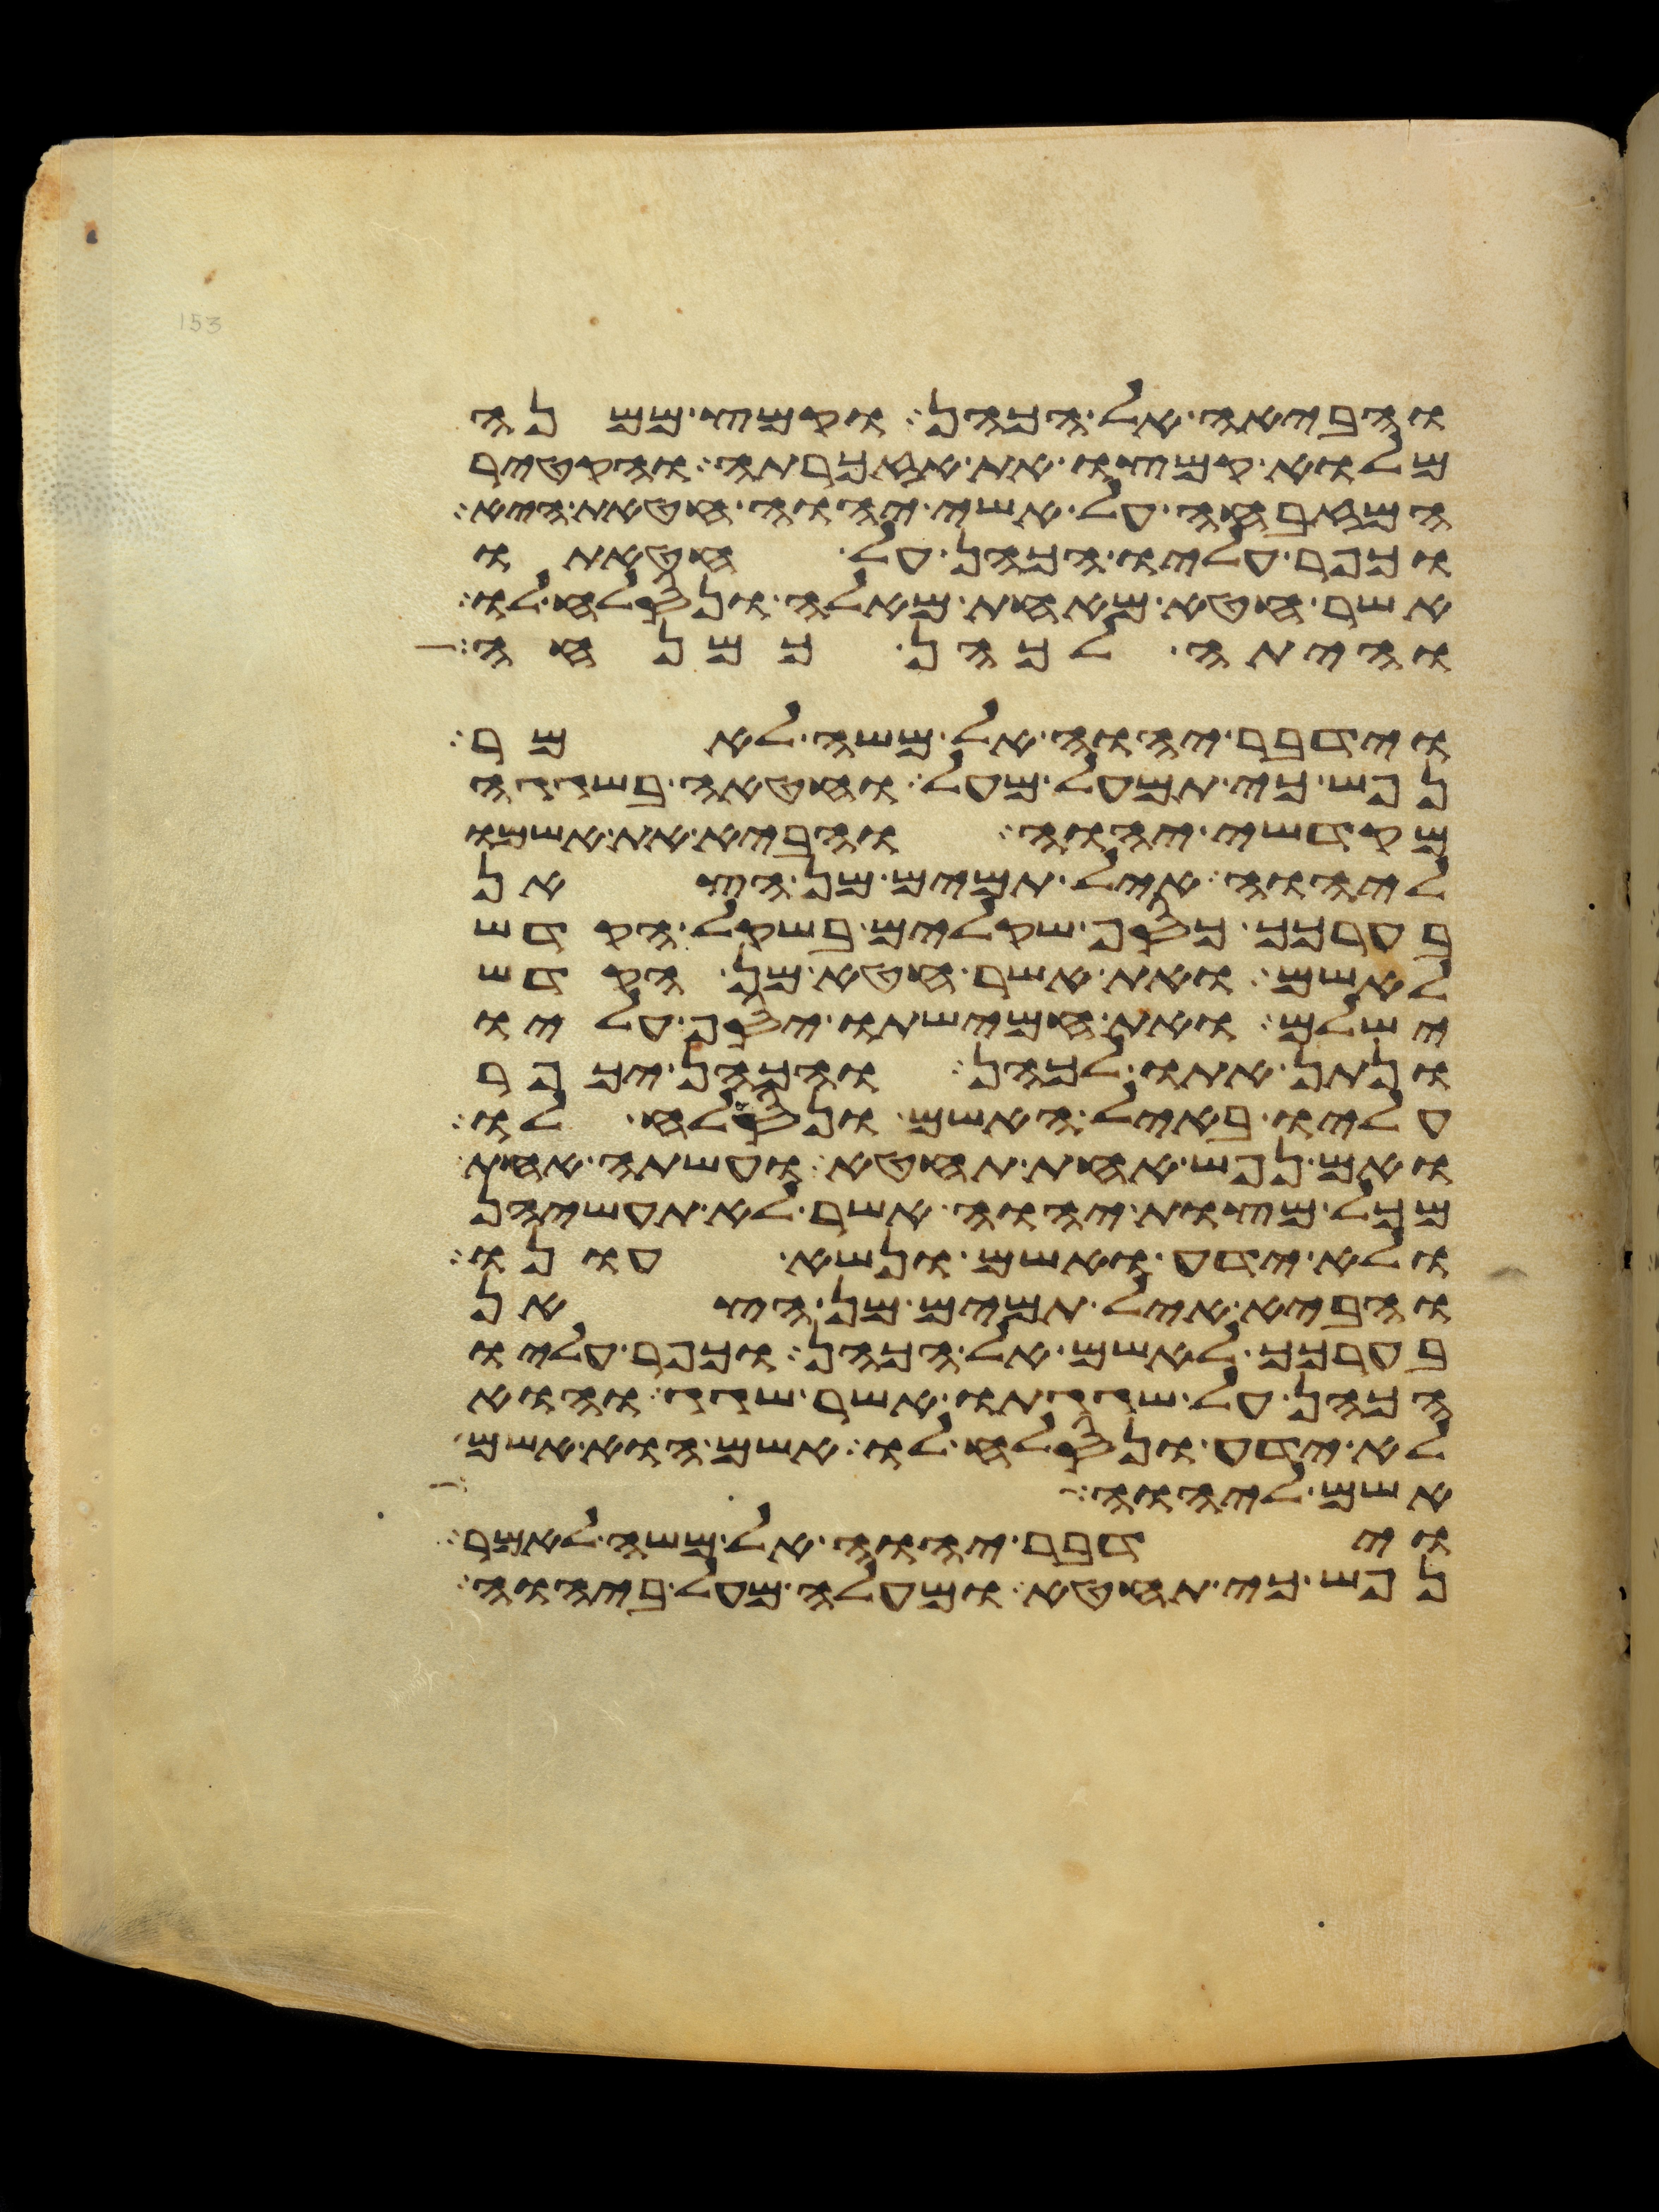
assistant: והביאה אל הכהן וקמץ ממנה
מלוא קמצו את אזכרתה והקטיר
המזבחה על אשי יהוה חטאת היא
וכפר עליו הכהן על חטאתו
אשר חטא מאחת מאלה ונסלח לו
והיתה לכהן כמנחה
וידבר יהוה אל משה לאמר
נפש כי תמעל מעל וחטאה בשגגה
מקדשי יהוה והביא את אשמו
ליהוה איל תמים מן הצאן
בערכך כסף שקלים בשקל הקדש
לאשם ואת אשר חטא מן הקדש
ישלם ואת חמישתו יסף עליו
ונתן אתו לכהן והכהן יכפר
עליו באיל האשם ונסלח לו
ואם נפש אחת תחטא ועשתה אחת
מכל מצות יהוה אשר לא תעשיהן
ולא ידע ואשם ונשא עונו
והביא איל תמים מן הצאן
בערכך לאשם אל הכהן וכפר עליו
הכהן על שגגתו אשר שגג והוא
לא ידע ונסלח לו אשם הוא אשם
אשם ליהוה
וידבר יהוה אל משה לאמר
נפש כי תחטא ומעלה מעל ביהוה